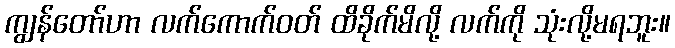
ကျွန်တော်ဟာ လက်ကောက်ဝတ် ထိခိုက်မိလို့ လက်ကို သုံးလို့မရဘူး။